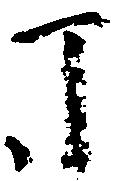
丁